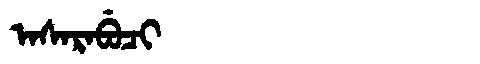
Manchu: ᠠᠰᠠᡵᠠᠪᡠᠴᡳ
Romanization: ASARABUCI